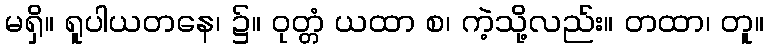
မရှိ။ ရူပါယတနေ၊ ၌။ ဝုတ္တံ ယထာ စ၊ ကဲ့သို့လည်း။ တထာ၊ တူ။